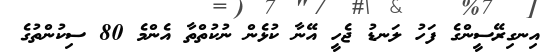
އިނގިރޭސީންގެ ފަހު ލަނޑު ޖެހީ އޭނާ ކުޅެން ނުކުތްތާ އެންމެ 80 ސިކުންތުގެ